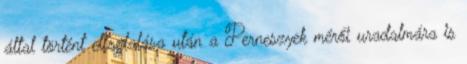
által történt elfoglalása után a Perneszyek mérői uradalmára is